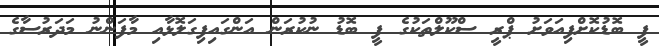
ފީ ބޮޑުކޮށްފިއަވަށު ޕްރީ ސްކޫލްތަކުގެ ފީ ބޮޑު ނުކުރަން އަންގައިފިގަލޮޅާއި މާފަންނު މަދަރުސާގެ